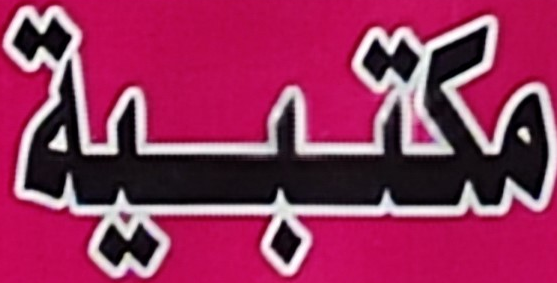
مكتبية